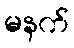
မနက်